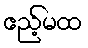
ဧည့်မထ